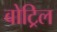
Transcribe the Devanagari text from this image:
बोट्रिल